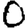
Digit: 0